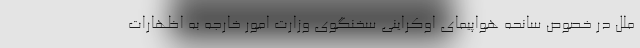
ملل در خصوص سانحه هواپیمای اوکراینی سخنگوی وزارت امور خارجه به اظهارات